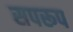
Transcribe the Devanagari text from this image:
सपरूप